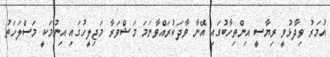
އުމަރު ވިދާޅުވީ ރިޔާސީ އިންތިހާބުގައި އޭނާ ވާދަކުރައްވާނަމަ މަޝްވަރާ މަޖިލީހުގައި އިނުމަކީ މަސްލަހަތު